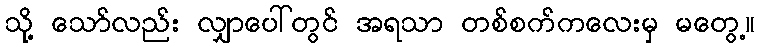
သို့ သော်လည်း လျှာပေါ်တွင် အရသာ တစ်စက်ကလေးမှ မတွေ့။